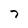
Character: 7